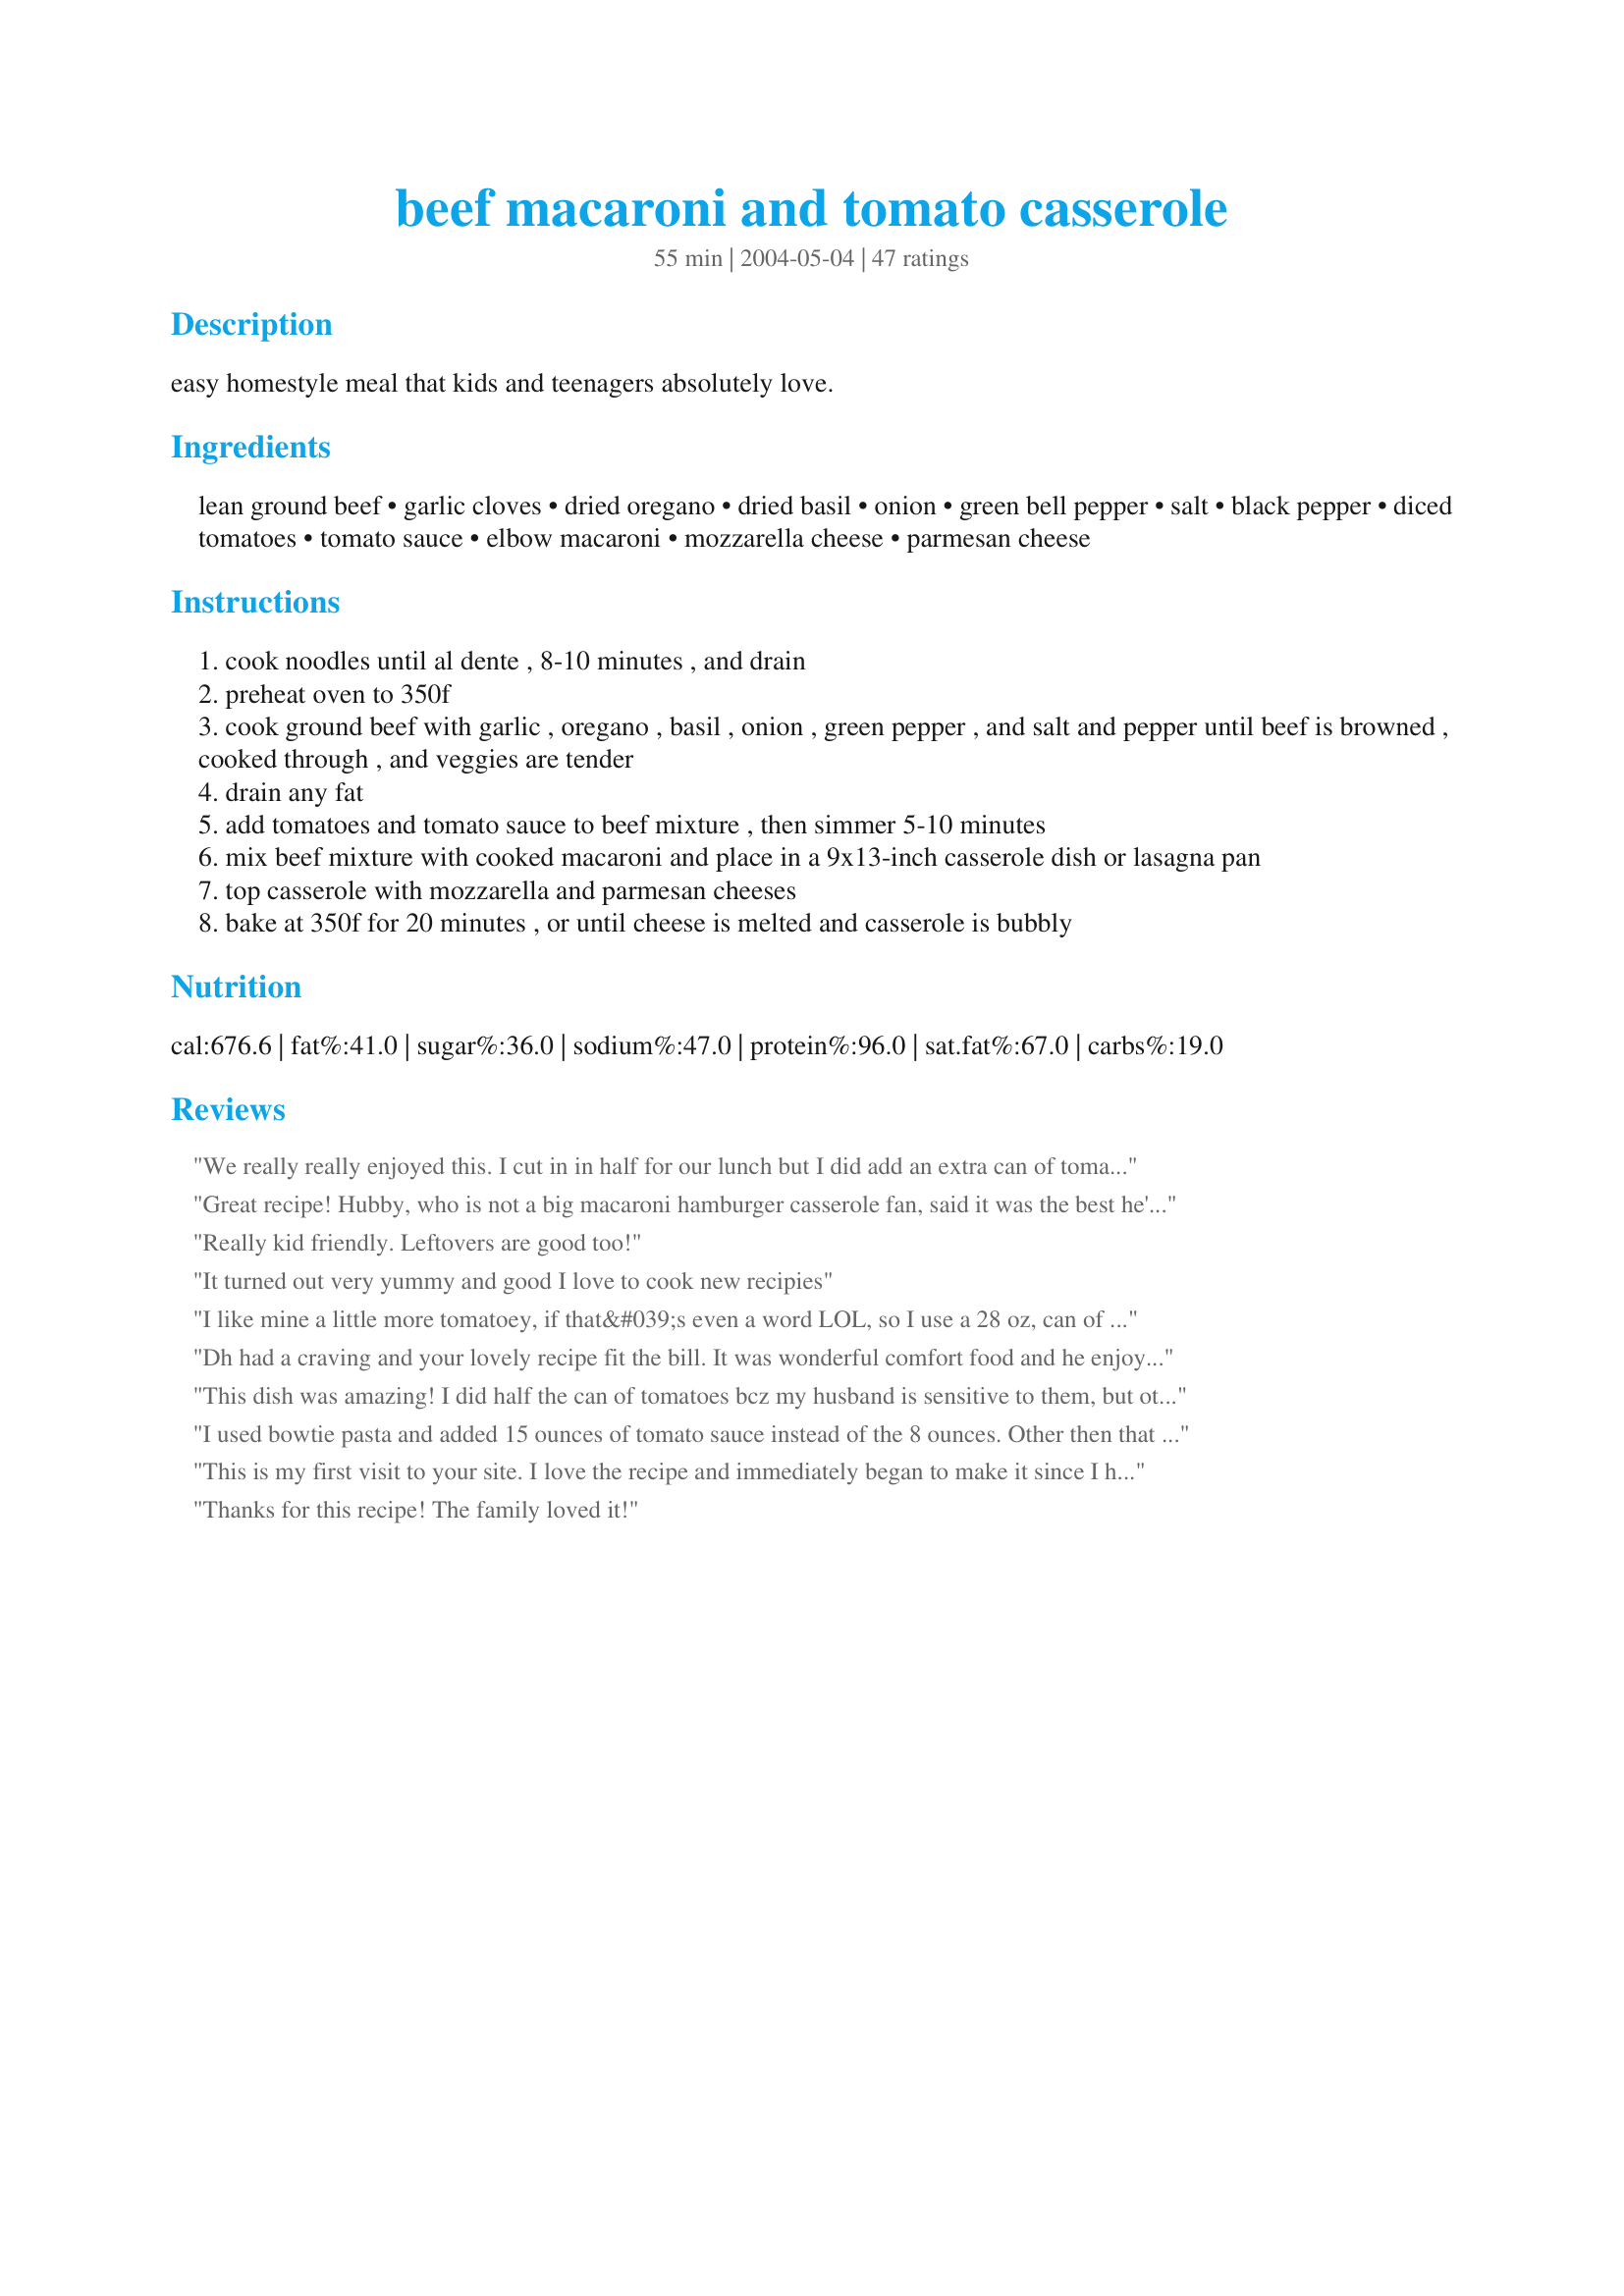
beef macaroni and tomato casserole
Preparation time: 55 minutes

easy homestyle meal that kids and teenagers absolutely love.

Ingredients:
lean ground beef, garlic cloves, dried oregano, dried basil, onion, green bell pepper, salt, black pepper, diced tomatoes, tomato sauce, elbow macaroni, mozzarella cheese, parmesan cheese

Steps:
cook noodles until al dente , 8-10 minutes , and drain
preheat oven to 350f
cook ground beef with garlic , oregano , basil , onion , green pepper , and salt and pepper until beef is browned , cooked through , and veggies are tender
drain any fat
add tomatoes and tomato sauce to beef mixture , then simmer 5-10 minutes
mix beef mixture with cooked macaroni and place in a 9x13-inch casserole dish or lasagna pan
top casserole with mozzarella and parmesan cheeses
bake at 350f for 20 minutes , or until cheese is melted and casserole is bubbly

Reviews:
We really really enjoyed this. I cut in in half for our lunch but I did add an extra can of tomato sauce and some tomato paste. I also added some corn (which I had left over) and put a layer of cheese (low fat) between the mixture...DH is ready to have this again. Thank you for posting. Made for National Tomato Month...Diabetic Cooking.
Great recipe! Hubby, who is not a big macaroni hamburger casserole fan, said it was the best he's ever had and that's saying something since I think I've tried them all. This is definitely a keeper and on my regular rotation. Only thing I did differently was use a bit more then a lb of hamburger Xlean and so I used a 14 oz can of tomato sauce as well. Thanks for posting this!
Really kid friendly. Leftovers are good too!
It turned out very yummy and good I love to cook new recipies
I like mine a little more tomatoey, if that&#039;s even a word LOL, so I use a 28 oz, can of diced tomatoes instead of a 14. Living alone, I also find that this makes a ton of Mac so I usually make a full batch of sauce and freeze half of it. Then when I find myself with no idea of what to eat, all I need do is pull out a zip loc bag of sauce, defrost it in a bowl of warm water and boil up some macaroni noodles and in very short time, mix and toss in the oven. It&#039;s also good to make the sauce the night before and then just cook the macaroni noodles and toss it in the oven the next day for dinner.

It&#039;s a great recipe that lends itself to whatever variations you might want to make. I like to chop the onions and pepper on the medium side so that I can see them in the mix. Don&#039;t like garlic? Leave it out. Want to make it cheesier? Add some singles slices in the middle and put more macaroni on top, finished by your favorite cheese on top - as long as your fave is Mozzarella. :) Add some red pepper flakes for a bit of heat and I like to add a bay leaf when cooking the sauce for a touch of extra flavor. And if you really want to give it the best flavor of all, add a finely chopped anchovy filet or two into the sauce. They will disintegrate but leave a great addition to the flavor that no one will be able to figure out!
Dh had a craving and your lovely recipe fit the bill. It was wonderful comfort food and he enjoyed it tremendously, even taking the leftovers for his lunch the next day. Served with flaky buttermilk biscuits for a great meal. Made exactly as written, used a red pepper instead of green, as I was out. Thanks for sharing your recipe Sue...it will be repeated around here. Made for What&#039;s on the Menu? Tag Game 2015.
This dish was amazing! I did half the can of tomatoes bcz my husband is sensitive to them, but other than that it was really really good! Thank you!
I used bowtie pasta and added 15 ounces of tomato sauce instead of the 8 ounces. Other then that I followed the recipe. This was real tasty. We all enjoyed it.
This is my first visit to your site. I love the recipe and immediately began to make it since I had all the ingredients at home. But alas, my oven is not working. How can I put this together without baking it. I have a toaster oven.
Thanks for this recipe! The family loved it!
This was the best hamburger (or, rather, in my case vegetarian crumbles) casserole I've ever tasted. BF made it and he also ate some of the leftovers as well. Usually he let's me take the leftovers to lunch the next day but he made sure he took some as well. Thanks Sue!
Unfortunately, I'll have to disagree with the majority. This dish was OK, but it wasn't the best. It was lacking in flavor to me... it reminded me of a baked ziti of sorts, but instead of a nice spaghetti sauce it was just tomato sauce and some diced tomatoes- hence the tomato in the title ... but I think using just canned tomato sauce made it on the bland side for me. I probably would have liked some mozzarella cheese layered in the middle or mixed in, too... rather than just alll over the top. I don't think I'd make it again - but thank you!! I always enjoy trying new things! :)
Exactly what we were craving! Yummy. Hard to stop at just one helping. I&#039;m sure the leftovers will freeze well for lunches. I didn&#039;t have dried basil or oregano so used a Italian seasoning mix. Easy meal with a tossed salad.
My 11 year old daughter loves this! Real comfort food and so inexpensive to make. I usually follow the recipe but eyeball the spices and use whatever shredded cheese I have on hand.
Thanks for a kid friendly favorite that doesn't make the adults feel like they're sacrificing a meal!
Delicious! I added some chili powder and Rotini noodles. I would defintely make this again. Thanks for the recipe.
A great winter dish! Must double or perhaps even triple tomato sauce for a juicy casserole. Also add a dash or two of cayenne (red) pepper and paprika for added flavor. Use a heaping teaspoon of basil and oregano as well.
I made this casserole last night. It was very tasty! I used a little more macaroni, half a can of diced tomatoes (garlic and mushroom flavor) and a 15oz can of tomato sauce. It was a little dry, so next time I might make some sauce on the side to add. I will also add a bit more cheese. Thank you for sharing, we really enjoyed it!
Made this today with an additional 14.5 oz can of stewed tomatoes as I felt it needed a flavor boost and did not have enough tomato as written. Added a dash of cayenne, a dash of piment d'esplet, (fancy chili powder) and used top-flight parmesan cheese - no green tube for me. Tasty, but not a dish I will repeat often, probably will reserve this for when we have our teenage nieces come for a visit. I prefer a bit more sophisticated sort of food for our palates. Does make a lot, and freezes well.
Easy and relatively inexpensive to make, yet quite big on flavor. It's one of those meals that is sure to please everyone. I added a little extra macaroni, so I used a 16-oz can of tomato sauce. I used 6 (big) cloves of garlic and it was great without being overpowering. Thanx for sharing. I'll make this again.
wow! i was searching for a recipe that my mom used to make for us...this is it. don't be afraid to go heavy on the basil and oregano.
This was sooooo good!! Used a bit more pasta and added a 28 ounce can of diced tomatoes. Used low-fat mozzarella and freshly grated parmesan! This was even better the next day!! Thanks Sue! :)
Hearty casserole and easy to make. I followed advice from some of the other reviewers and added an extra small can of tomato sauce, a little more of the macaroni, basil, and oregano - and used sharp cheddar cheese instead of mozzeralla and parmesan. Yummy! My husband loved it!
Delish and easy! Perfect for a quick weeknight dinner. The entire family loved it. The only adjustment I made was to drizzle some heavy cream over the beef/noodle mix before layering on the cheese. Gave it a little bit richer flavor/texture. So yummy!
I made this recipe on 9/18/09 for mine and SO's dinner.I followed the recipe as it was written. But I did assemble it a bit different, instead of using a 9 x 13 inch pan a 8x 12 inch pan was used and half of the mixture was added and covered it with some sliced provolone the added the rest of pasta mixture and covered it with mozzarella and parmesan to the top.Since we like our cheese a bit on the golden side, it was baked for about 30 minutes.I do think however if this is made again, I'm going to add a bit more tomato sauce it didn't seem to be " saucy " enough. Thanks for posting and, " Keep Smiling :) "
This was great i didn't change a thing. The recipe almost reminds me of baked ziti. Not that it's a bad thing, it's not. I love baked ziti so this was right up my alley.
Definitely a keeper. My wife and daughter loved it the first time and we are having it again tonight. Was looking for something close to what my mother made many years ago in Ohio, and saw this one which is very close.
I doubled this. Used about 36 ounces of tomato sauce - plain. So it was only macaroni, beef, tomato sauce and cheese (used a mix of cheddar and italian - emptied out a few open bags in the fridge). Cooked in a big lasagna pan. Yum. Easy. Can't beat it.
I just made this recipe for dinner and followed the instructions exactly as written. Fantastic stuff! Reminds me of my grandpa's "goulash", only with more flavor. The amount of oregano and basil is perfect. That, along with the garlic, makes the whole house smell wonderful. Thanks for posting! :~)
This was fantastic! I followed the recipe completely and made a few alterations, as I had ingredients I needed to use up. I added about 1 cup or so of fresh spinach chopped up, tomato paste and used Classico roasted onion and garlic as the tomato paste. Yummy!! I made this meal as a last minute and my family was quite pleased. Thanks for a great recipe :)
Yum,yum,yum,yum!! Wow this recipe was fabulous! I made mine with gluten free noodles, and it was outstanding.Thanks for the recipe Sue, it's definetly a keeper!
Well, this is pretty much what I remembered from my childhood - my mum's version of hamburger helper. It's good, but not great food, as was all my mum's cooking. I probably would have rated it a 3 - but my Scottish husband ate 3 helpings, so I had to rate it higher. No telling about those Scottish men, you can serve them great gourmet food, and they turn up their noses - but this he found delicious!!!! Truthfully, though, I liked it too! Thanks Sue for sharing.
This wasn't as good as I thought it would be. It reminded me of jazzed up Hamburger Helper. I'm not fond of HH at all and would never feed it to my kiddos. So, this was just ok. I probably won't make again.
This was great!! I did not change nothing. Wonderful for the freezer also. I sure will be making this over and over. Thank You so very much for a new recipe. Hugs
What an easy and great tasting meal. I didn&#039;t have a couple of ingredients, green pepper and tomato sauce, so added some tomato juice and reduced it. Added a couple bay leaves as didn&#039;t have any basil but hubby loved it and will be good in his lunch. Not sure what some were expecting but it&#039;s much better than Hamburger Helper and just a good comfort food for a fall/winter night dinner. Thanks
Easy and delicious. A great basic baked pasta dish. I doubled the tomato sauce.
great comfort dish! used penne, and the canned toms with herbs same with sauce.Next time will add more garlic and mushrooms and fresh italian parsley. I put a thick layer of mozza on top and parmesan and turned on the broiler to get bubbly and golden after 20mins.
This was just so very good! I made a few substitutions: I used one tablespoon fresh minced oregano for the dried, omitted the basil (didn't have any), used diced tomatoes with garlic and basil, used a 5 1/2 oz. can of tomato paste with some water instead of the tomato sauce and used mild muenster cheese on top (no mozza.) Absolutely deeelish!
This is very close to what my mother used to make when I was growing up. It was quick and quite easy to make. DH requested that next time I omit the green pepper and add mushrooms and I would substitute Italian sausage for the ground beef. Thank you for posting.
I love that I could make this with food I had in my pantry/fridge. I literally googled: I have hamburger, canned tomatoes and onion; what can I make? I added three cans of mushrooms and omitted green peppers by preference. Very happy to find this recipe.
This casserole was fantastic! Much tastier than any other macaroni and beef casseroles I've tried. I made it exactly as written -- and we all loved it. I've already made a second batch and brought it over to my son's house -- he also commented on how great it was. Thanks for posting this terrific recipe, Sue.
I really liked the flavor of this casserole. I had a bunch of tomatoes that needed to be used so I subbed those for the canneded diced tomatoes. It did turn out a bit dry, either because it really needs more tomato sauce or because I added too much macaroni. Next time I will try a larger can of tomato sauce. Either way the flavor is great and this one is a keeper! Thanks!
This casserole was easy to fix, very tasty, & made enough to feed a crowd. I cut back a bit on the garlic, but think I'd go the full amount next time - I don't think I realized what the eventual volume would be when I was adding garlic. While I wouldn't characterize the casserole as dry, I did think it would benefit from additional sauce, so next time I will double the tomato sauce. Good recipe, thanks, Sue.
Very good and easy to make. The kids loved it. We will be making this recipe again.
I loved this! I used gluten-free pasta (quinoa) and left out the green peppers. I mixed a handful of shredded cheddar cheese into the beef/pasta mixture and left off the Parmesan cheese. I cooked the meat mixture in a large oven-proof skillet, topped it with the mozzarella, and then just popped that into the oven for a one-dish meal. I hope it freezes well because I just put four single serving containers in the freezer. Thanks for a great recipe!
Best Mac and cheese, I have ever eaten. I serve it with garlic French bread and salad. Now I'm adding extra tomatoes &amp; paste. Also added ripe olives, sometimes. I double the recipe for left overs. It's a big hit! My Parrot loves it, as well! :)
I made this with fresh tomatoes and cheddar instead of parmesan cheese (difficult to source).Simple and very tasty this is going to be repeated at my home esp for my son who went gaga over it. :) Fay
Lovely and delicious! Can't go wrong here with filling food that keeps them coming back for more! I used a 15 oz. can of tomato sauce and also a little extra water. I used radiatore (little ruffles) pasta because I had it, and we thought it made the casserole more interesting than elbow mac. Next time I might layer some mozzarella cheese in the middle of the dish as well as on top. Thanks for a yummy dinner - and the kids did adore it!
